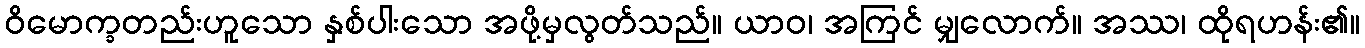
ဝိမောက္ခတည်းဟူသော နှစ်ပါးသော အဖို့မှလွတ်သည်။ ယာဝ၊ အကြင် မျှလောက်။ အဿ၊ ထိုရဟန်း၏။